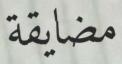
مضايقة